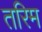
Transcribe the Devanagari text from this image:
तरिम